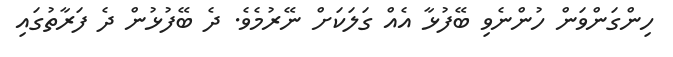
ހިންގަންވަން ހުންނެވި ބޭފުޅާ އެއް ގަލަކަށް ނޭރުމެވެ. ދެ ބޭފުޅުން ދެ ފަރާތުގައި